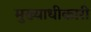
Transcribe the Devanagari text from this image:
मुख्याधीकारी